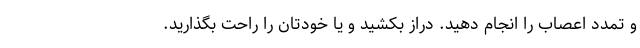
و تمدد اعصاب را انجام دهید. دراز بکشید و یا خودتان را راحت بگذارید.